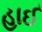
હાઈ